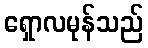
ရှောလမုန်သည်